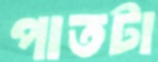
পাতটা